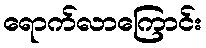
ရောက်လာကြောင်း